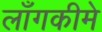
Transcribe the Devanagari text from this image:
लाँगकीमे